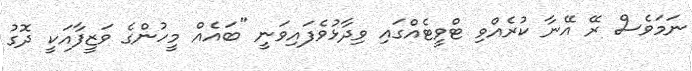
ނަމަވެސް ރޭ އޭނާ ކުރެއްވި ޓްވީޓެއްގައި ވިދާޅުވެފައިވަނީ "ބައެއް މީހުންގެ ވަޒީފާއަކީ ދޮގު